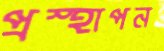
প্রস্হাপন